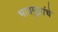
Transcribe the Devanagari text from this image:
भावमुद्रांचे